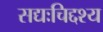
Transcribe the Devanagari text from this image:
सद्यःचिद्दश्य